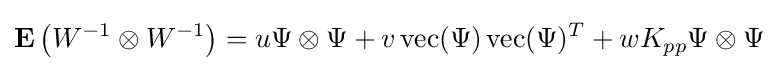
\mathbf {E} \left(W^{-1}\otimes W^{-1}\right)=u\Psi \otimes \Psi +v\,\mathrm {vec} (\Psi )\,\mathrm {vec} (\Psi )^{T}+wK_{pp}\Psi \otimes \Psi